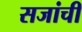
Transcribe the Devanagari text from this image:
सजांची